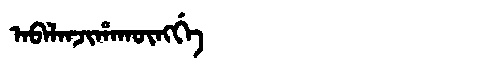
Manchu: ᠠᠪᠠᠯᠠᠨᠵᡳᡥᠠᡴᡡᠩᡤᡝ
Romanization: ABALANJIHAKŪNGGE